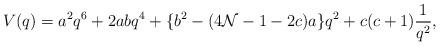
LaTeX: \begin{align*}V(q) = a^2 q^6 + 2 a b q^4 +\{ b^2 - (4 {\cal N}-1-2 c)a \}q^2 + c(c+1)\frac{1}{q^2},\end{align*}